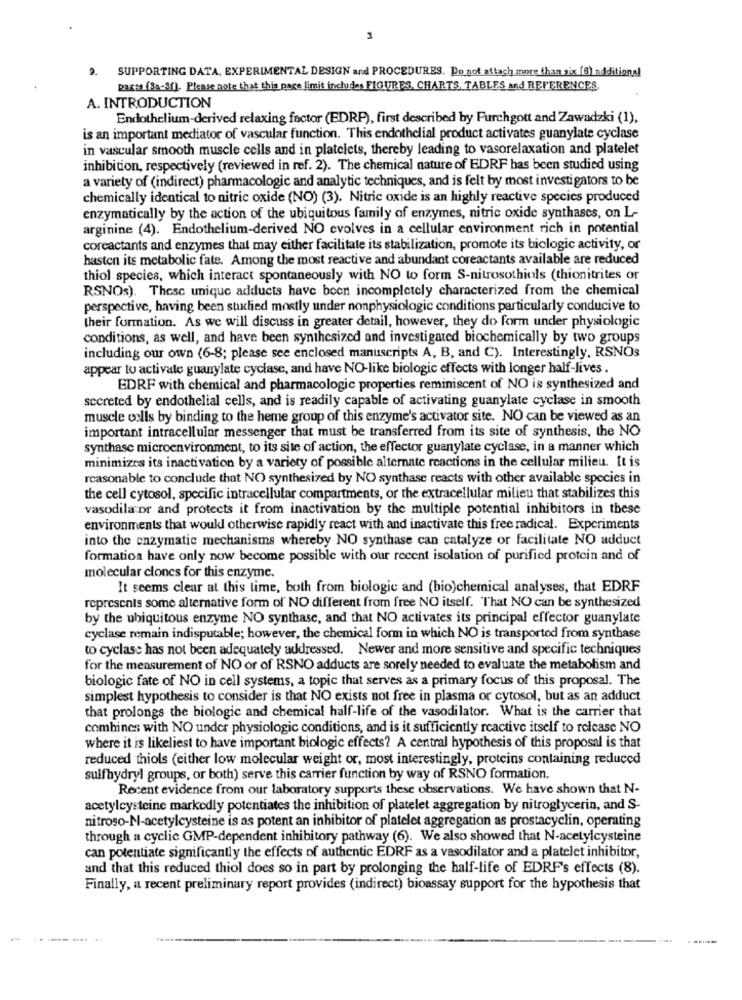
3
9. SUPPORTING DATA, EXPERIMENTAL DESIGN and PROCEDURES. Do not attach more than six (8) additional
pagsa (3a-3f). Please note that this page limit includes FIGURES, CHARTS, TABLES and REFERENCES
A. INTRODUCTION
Endothelium-derived relaxing factor (EDRP), first described by Furchgott and Zawadzki (1),
is an important mediator of vascular function. This endothelial product activates guanylate cyclase
in vascular smooth muscle cells and in platelets, thereby leading to vasorelaxation and platelet
inhibition, respectively (reviewed in ref. 2). The chemical nature of EDRF has been studied using
a variety of (indirect) pharmacologic and analytic techniques, and is felt by most investigators to be
chemically identical to nitric oxide (NO) (3). Nitric oxide is an highly reactive species produced
enzymatically by the action of the ubiquitous family of enzymes, nitric oxide synthases, on L-
arginine (4). Endothelium-derived NO cvolves in a cellular environment rich in potential
coreactants and enzymes that may either facilitate its stabilization, promote its biologic activity, or
hasten its metabolic fate. Among the most reactive and abundant coreactants available are reduced
thiol species, which interact spontaneously with NO to form S-nitrosothiols (thionitrites or
RSNOs). These unique adducts have been incompletely characterized from the chemical
perspective, having been studied mostly under nonphysiologic conditions particularly conducive to
their formation. As we will discuss in greater detail, however, they do form under physiologic
conditions, as well, and have been synthesized and investigated biochemically by two groups
including our own (6-8; please see enclosed manuscripts A, B, and C). Interestingly, RSNOs
appear to activate guanylate cyclase, and have NO-like biologic effects with longer half-lives .
EDRF with chemical and pharmacologic properties reminiscent of NO is synthesized and
secreted by endothelial cells, and is readily capable of activating guanylate cyclase in smooth
muscle cells by binding to the heme group of this enzyme's activator site. NO can be viewed as an
important intracellular messenger that must be transferred from its site of synthesis, the NO
synthase microenvironment, to its site of action, the effector guanylate cyclase, in a manner which
minimizes its inactivation by a variety of possible alternate reactions in the cellular milieu. It is
reasonable to conclude that NO synthesized by NO synthase reacts with other available species in
the cell cytosol, specific intracellular compartments, or the extracellular milieu that stabilizes this
vasodilator and protects it from inactivation by the multiple potential inhibitors in these
environments that woukl otherwise rapidly react with and inactivate this free radical. Experiments
into the enzymatic mechanisms whereby NO synthase can catalyze or facilitate NO adduct
formation have only now become possible with our recent isolation of purified protein and of
molecular clones for this enzyme.
It seems clear at this time, both from biologic and (bio)chemical analyses, that EDRF
represents some alternative form of NO different from free NO itself. That NO can be synthesized
by the ubiquitous enzyme NO synthase, and that NO activates its principal effector guanylate
cyclase remain indisputable; however, the chemical form in which NO is transported from synthase
to cyclase has not been adequately addressed. Newer and more sensitive and specific techniques
for the measurement of NO or of RSNO adducts are sorely needed to evaluate the metabolism and
biologic fate of NO in cell systems, a topic that serves as a primary focus of this proposal. The
simplest hypothesis to consider is that NO exists not free in plasma or cytosol, but as an adduct
that prolongs the biologic and chemical half-life of the vasodilator. What is the carrier that
combines with NO under physiologic conditions, and is it sufficiently reactive itself to release NO
where it is likeliest to have important biologic effects? A central hypothesis of this proposal is that
reduced thiols (either low molecular weight or, most interestingly, proteins containing reduced
sulfhydryl groups, or both) serve this carrier function by way of RSNO formation.
Recent evidence from our laboratory supports these observations. We have shown that N-
acetylcysteine markedly potentiates the inhibition of platelet aggregation by nitroglycerin, and S-
nitroso-N-acetylcysteine is as potent an inhibitor of platelet aggregation as prostacyclin, operating
through a cyclic GMP-dependent inhibitory pathway (6). We also showed that N-acetylcysteine
can potentiate significantly the effects of authentic EDRF as a vasodilator and a platelet inhibitor,
and that this reduced thiol does so in part by prolonging the half-life of EDRF's effects (8).
Finally, a recent preliminary report provides (indirect) bioassay support for the hypothesis that